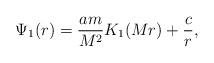
LaTeX: \begin{align*} \Psi_1(r) = \frac{am}{M^2} K_1(Mr) + \frac{c}{r},\end{align*}